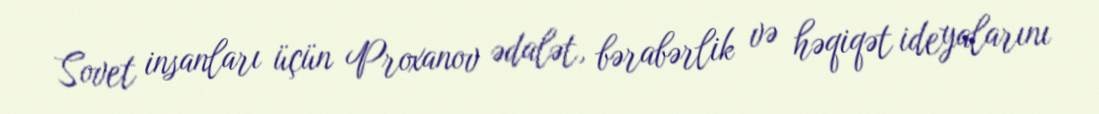
Sovet insanları üçün Proxanov ədalət, bərabərlik və həqiqət ideyalarını